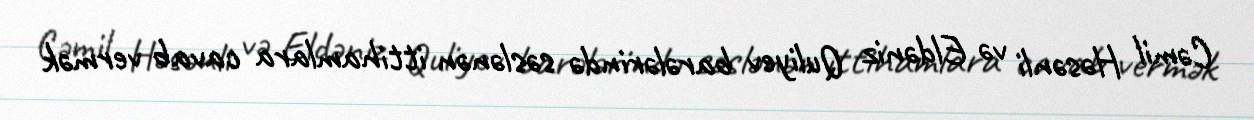
Cəmil Həsənli və Eldəniz Quliyev barələrində səslənən ittihamlara cavab vermək